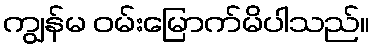
ကျွန်မ ဝမ်းမြောက်မိပါသည်။